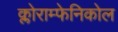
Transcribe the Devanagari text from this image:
क्लोराम्फेनिकोल